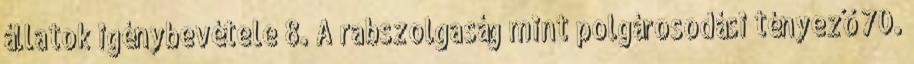
állatok igénybevétele 8. A rabszolgaság mint polgárosodási tényező 70.